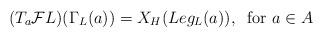
LaTeX: \begin{align*}(T_a {\mathcal F}{L})(\Gamma_L(a)) = X_H(Leg_L(a)), \; \; \hbox{for } a \in A\end{align*}